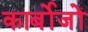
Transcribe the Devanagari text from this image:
कार्बोजों